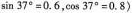
$$\sin 3 7 °= 0 . 6$$，$$\cos 3 7 ° = 0 . 8$$ )